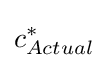
c_{Actual}^{*}